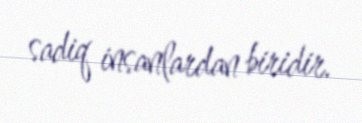
sadiq insanlardan biridir.